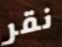
نقر